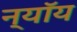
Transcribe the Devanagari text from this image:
न्यॉय